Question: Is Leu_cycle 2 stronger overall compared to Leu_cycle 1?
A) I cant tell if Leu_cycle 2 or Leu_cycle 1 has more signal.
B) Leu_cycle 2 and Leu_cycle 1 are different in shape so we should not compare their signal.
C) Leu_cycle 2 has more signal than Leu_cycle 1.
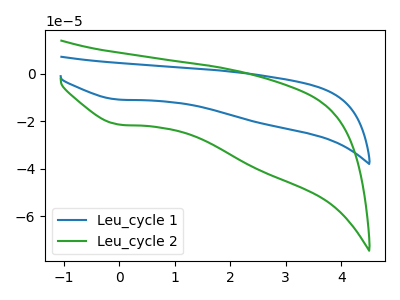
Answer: <think>The blue curve "Leu_cycle 1" has a cathodic peak at: (0.00V, -10.95uA). The green curve "Leu_cycle 2" has a cathodic peak at: (0.00V, -21.45uA).
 All the peaks in "Leu_cycle 2" have a peak in "Leu_cycle 1" at the same potential. Every peak in "Leu_cycle 2" is higher than every peak in "Leu_cycle 1".</think>
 <answer>C) "Leu_cycle 2" has more signal than "Leu_cycle 1".</answer>
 <eval>C</eval>